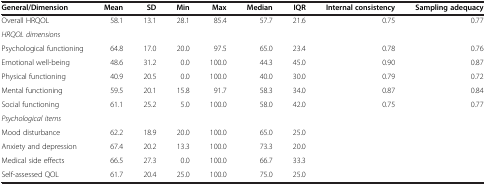
<table><thead><tr><td><b>General/Dimension</b></td><td><b>Mean</b></td><td><b>SD</b></td><td><b>Min</b></td><td><b>Max</b></td><td><b>Median</b></td><td><b>IQR</b></td><td><b>Internal consistency</b></td><td><b>Sampling adequacy</b></td></tr></thead><tbody><tr><td>Overall HRQOL</td><td>58.1</td><td>13.1</td><td>28.1</td><td>85.4</td><td>57.7</td><td>21.6</td><td>0.75</td><td>0.77</td></tr><tr><td><i>HRQOL dimensions</i></td><td> </td><td> </td><td> </td><td> </td><td> </td><td> </td><td> </td><td> </td></tr><tr><td>Psychological functioning</td><td>64.8</td><td>17.0</td><td>20.0</td><td>97.5</td><td>65.0</td><td>23.4</td><td>0.78</td><td>0.76</td></tr><tr><td>Emotional well-being</td><td>48.6</td><td>31.2</td><td>0.0</td><td>100.0</td><td>44.3</td><td>45.0</td><td>0.90</td><td>0.87</td></tr><tr><td>Physical functioning</td><td>40.9</td><td>20.5</td><td>0.0</td><td>100.0</td><td>40.0</td><td>30.0</td><td>0.79</td><td>0.72</td></tr><tr><td>Mental functioning</td><td>59.5</td><td>20.1</td><td>15.8</td><td>91.7</td><td>58.3</td><td>34.0</td><td>0.87</td><td>0.84</td></tr><tr><td>Social functioning</td><td>61.1</td><td>25.2</td><td>5.0</td><td>100.0</td><td>58.0</td><td>42.0</td><td>0.75</td><td>0.77</td></tr><tr><td><i>Psychological items</i></td><td> </td><td> </td><td> </td><td> </td><td> </td><td> </td><td> </td><td> </td></tr><tr><td>Mood disturbance</td><td>62.2</td><td>18.9</td><td>20.0</td><td>100.0</td><td>65.0</td><td>25.0</td><td> </td><td> </td></tr><tr><td>Anxiety and depression</td><td>67.4</td><td>20.2</td><td>13.3</td><td>100.0</td><td>73.3</td><td>20.0</td><td> </td><td> </td></tr><tr><td>Medical side effects</td><td>66.5</td><td>27.3</td><td>0.0</td><td>100.0</td><td>66.7</td><td>33.3</td><td> </td><td> </td></tr><tr><td>Self-assessed QOL</td><td>61.7</td><td>20.4</td><td>25.0</td><td>100.0</td><td>75.0</td><td>25.0</td><td> </td><td> </td></tr></tbody></table>